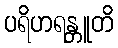
ပရိဟရန္တူတိ